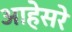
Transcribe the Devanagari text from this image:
आहेसरे